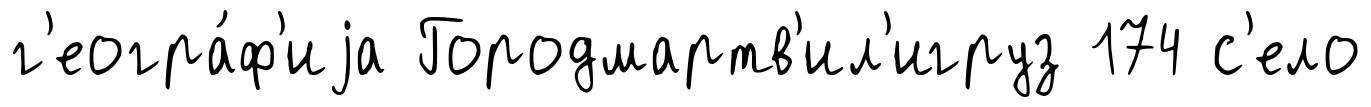
г'еогра́ф'иjа Городмартв'ил'игруз 174 с'ело